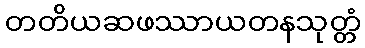
တတိယဆဖဿာယတနသုတ္တံ